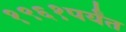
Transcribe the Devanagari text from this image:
१९६१पर्यंत